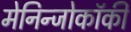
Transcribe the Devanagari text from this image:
मेनिन्जोकॉकी